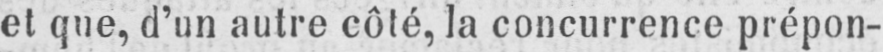
et que, d’un autre côté, la concurrence prépon-